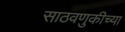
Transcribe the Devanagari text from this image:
साठवणुकीच्या